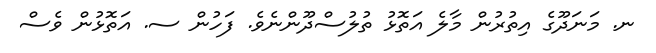
ނ. މަނަދޫގެ އިތުރުން މާލެ އަތޮޅު ތުލުސްދޫންނެވެ. ފަހުން ސ. އަތޮޅުން ވެސް